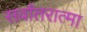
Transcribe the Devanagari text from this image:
सर्वांतरात्मा